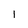
Character: 1